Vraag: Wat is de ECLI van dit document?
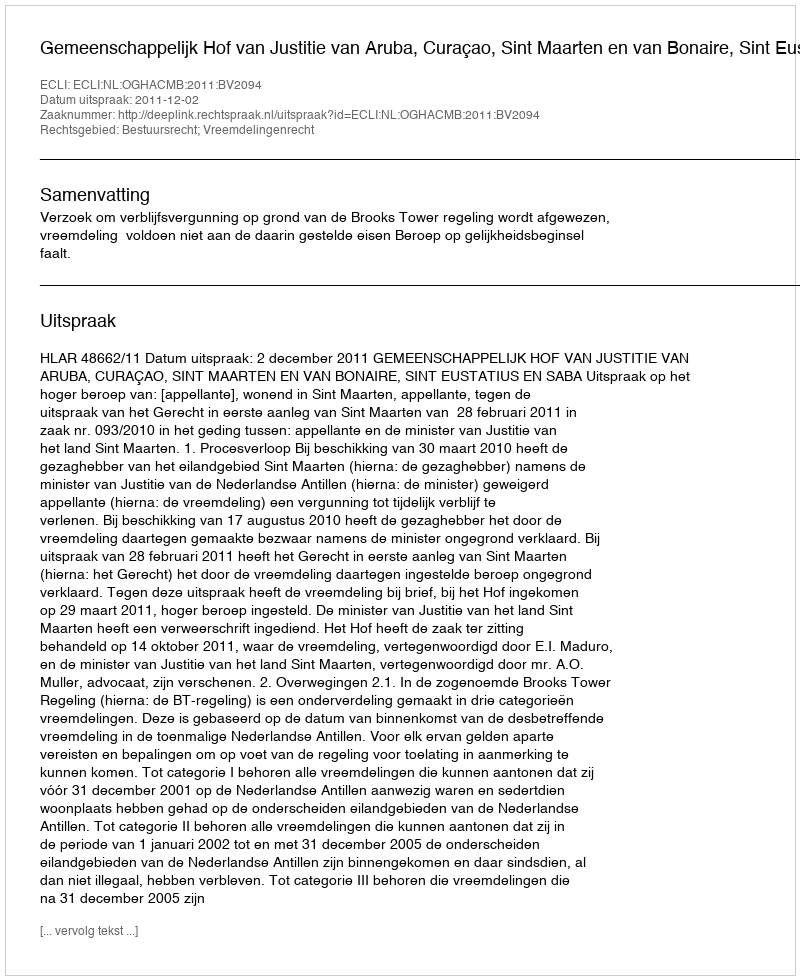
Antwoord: ECLI:NL:OGHACMB:2011:BV2094